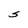
Character: s